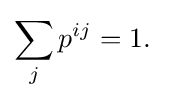
\sum _{j}p^{ij}=1.\